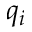
q _ { i }